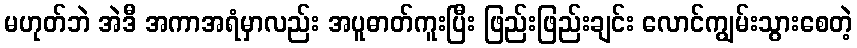
မဟုတ်ဘဲ အဲဒီ အကာအရံမှာလည်း အပူဓာတ်ကူးပြီး ဖြည်းဖြည်းချင်း လောင်ကျွမ်းသွားစေတဲ့